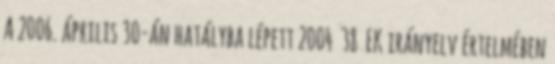
A 2006. április 30-án hatályba lépett 2004 38 EK irányelv értelmében